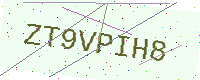
Text: ZT9VPIH8